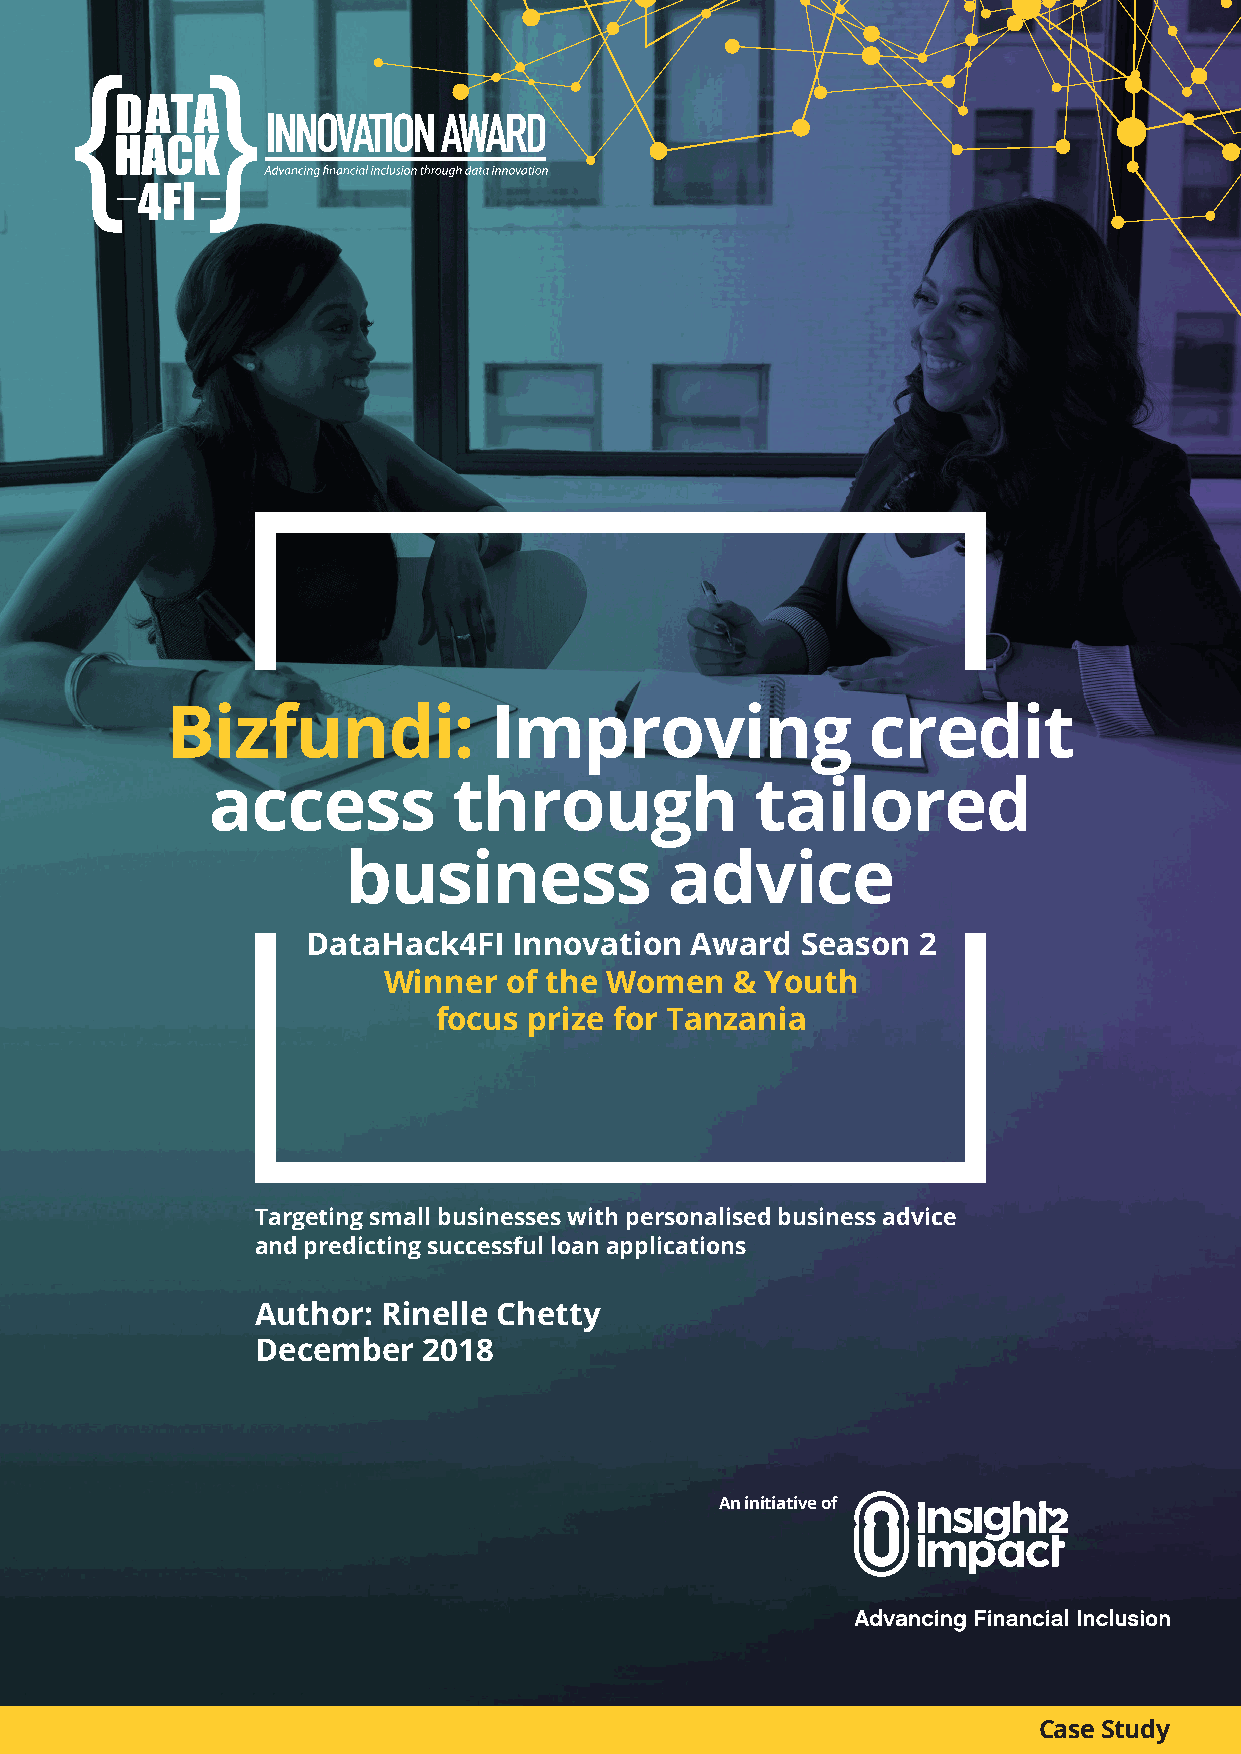
Bizfundi:            Improving                credit
 access          through             tailored
 business             advice
 DataHack4FI   Innovation  Award  Season  2
 Winner  of the Women    & Youth
 focus prize for Tanzania
 Targeting small businesses with personalised business advice
 and predicting successful loan applications
 Author: Rinelle Chetty
 December   2018
 An initiative of
 Case Study